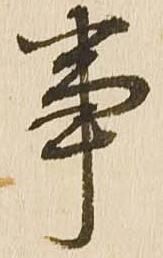
事